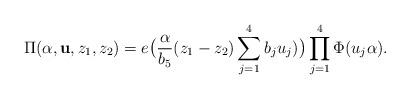
LaTeX: \begin{align*}\Pi(\alpha,\mathbf{u},z_1,z_2)=e\big(\frac{\alpha}{b_5}(z_1-z_2)\sum_{j=1}^4b_ju_j)\big)\prod_{j=1}^4\Phi(u_j\alpha).\end{align*}